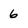
Character: 6